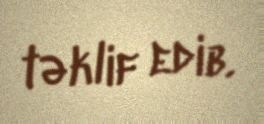
təklif edib.